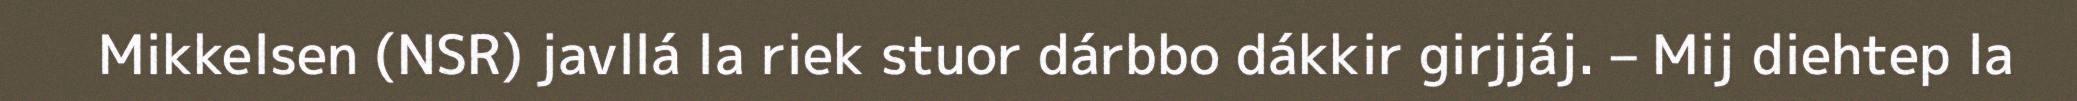
Mikkelsen (NSR) javllá la riek stuor dárbbo dákkir girjjáj. – Mij diehtep la